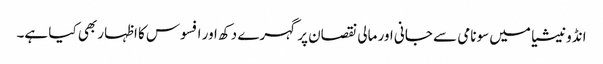
انڈونیشیا میں سونامی سے جانی اور مالی نقصان پر گہرے دکھ اور افسوس کا اظہار بھی کیا ہے۔